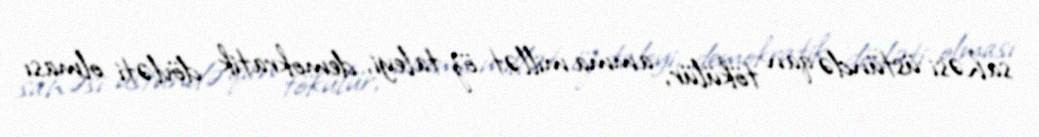
sahəsi üstündə qan tökülür, amma millət öz taleyi, demokratik dövləti olması